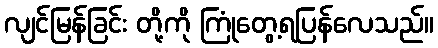
လျင်မြန်ခြင်း တို့ကို ကြုံတွေ့ရပြန်လေသည်။